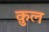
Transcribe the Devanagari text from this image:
क़ुल